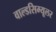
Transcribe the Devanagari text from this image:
वाल्डसिम्यूलर